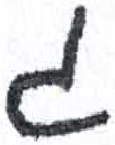
אות: ג